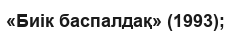
«Биік баспалдақ» (1993);